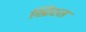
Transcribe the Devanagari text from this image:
ख्रिस्‍त्‍ा